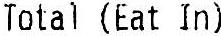
TOTAL (EAT IN)